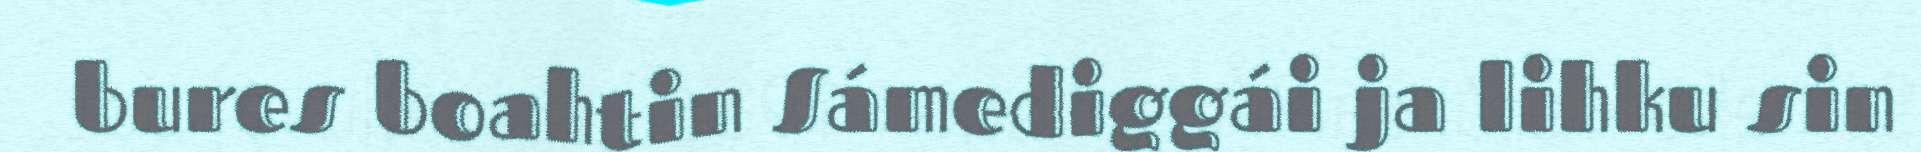
bures boahtin Sámediggái ja lihku sin